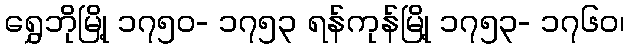
ရွှေဘိုမြို့ ၁၇၅၀- ၁၇၅၃ ရန်ကုန်မြို့ ၁၇၅၃- ၁၇၆၀၊